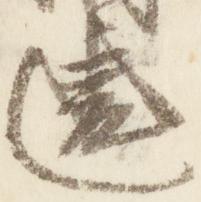
違